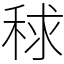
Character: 𥟇